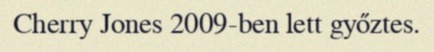
Cherry Jones 2009-ben lett győztes.